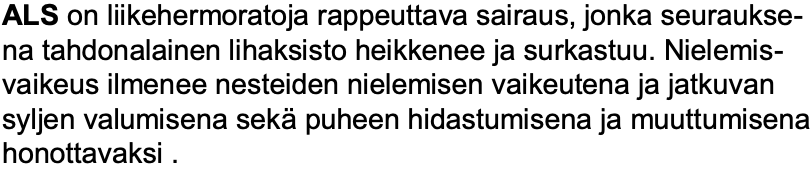
ALSon liikehermoratoja rappeuttava sairaus, jonka seuraukse- na tahdonalainen lihaksisto heikkenee ja surkastuu. Nielemis- vaikeus ilmenee nesteiden nielemisen vaikeutena ja jatkuvan syljen valumisena sekäpuheen hidastumisena ja muuttumisena honottavaksi .